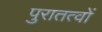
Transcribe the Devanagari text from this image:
पुरातत्वों